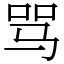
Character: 骂